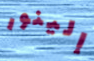
إلينور